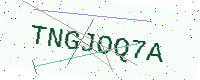
Text: TNGJOQ7A